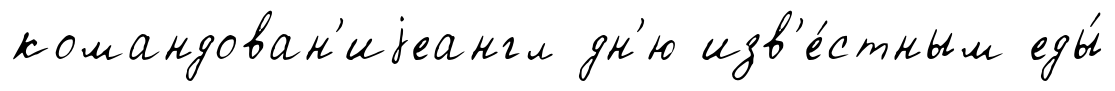
командован'иjеангл дн'ю изв'е́стным еды́